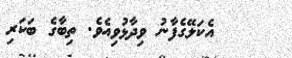
އެކަލޭގެފާނު ވިދާޅުވިއެވެ. ތިބާގެ ބަކަރި